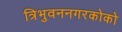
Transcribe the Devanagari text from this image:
त्रिभुवननगरकोको